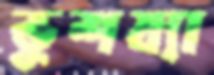
ভূশয্যা